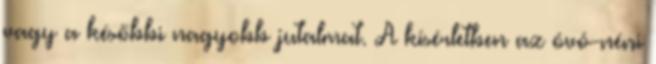
vagy a későbbi nagyobb jutalmat. A kísérletben az óvó-néni